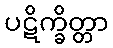
ပဋိက္ခိတ္တာ